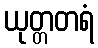
ယုတ္တတရံ